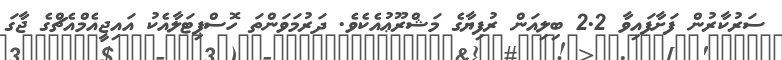
ސަރުކާރުން ފަށާފައިވާ 2.2 ބިލިއަން ރުފިޔާގެ މަޝްރޫޢުއެކެވެ. ދަރުމަވަންތަ ހޮސްޕިޓަލާއެކު އައިޖީއެމްއެޗްގެ ޖާގަ